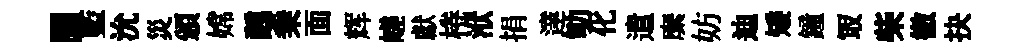
闤藍沇災頒嫦醺乗面辉嵯獻棬洑捐達劬化遣縻妨迪矮鐘冣柴徹抉